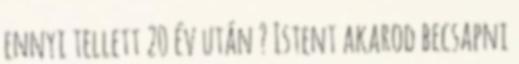
ennyi tellett 20 év után ? Istent akarod becsapni